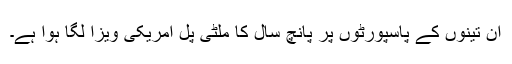
ان تینوں کے پاسپورٹوں پر پانچ سال کا ملٹی پل امریکی ویزا لگا ہوا ہے۔